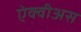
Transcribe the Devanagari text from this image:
ऐक्वीअस